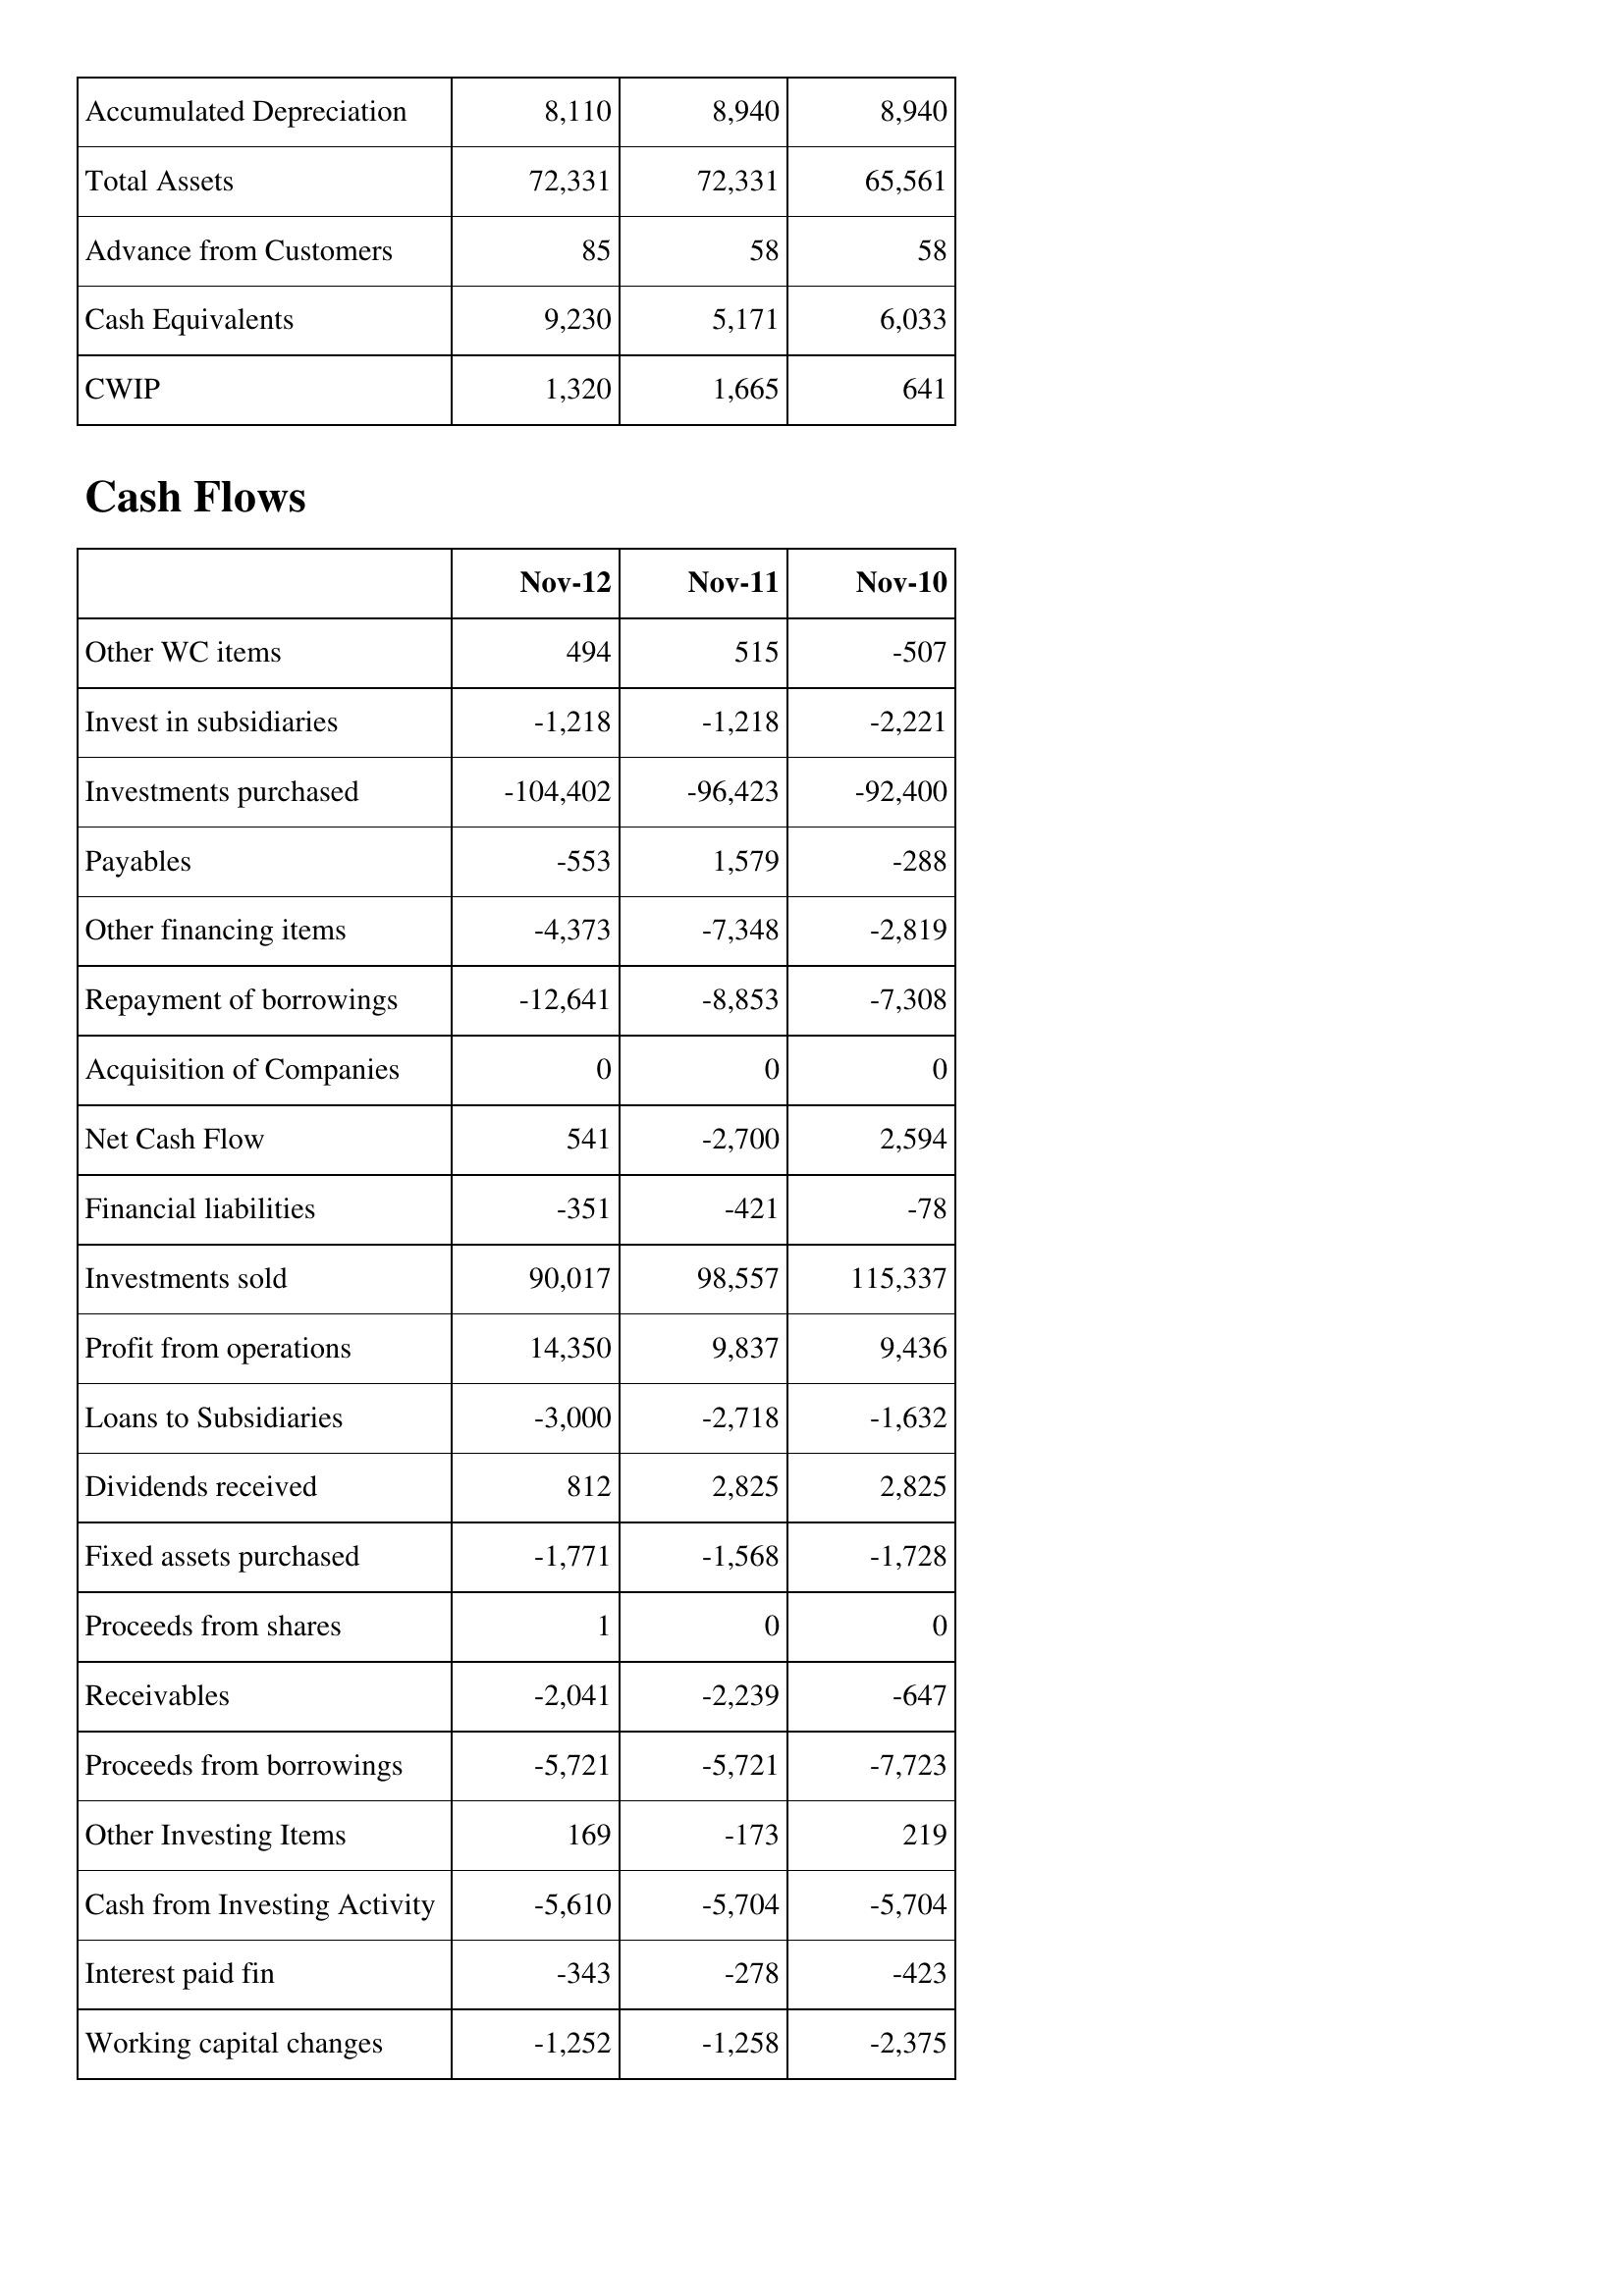
Nov-12: Balance Sheet: Accumulated Depreciation: 8,110
Total Assets: 72,331
Advance from Customers: 85
Cash Equivalents: 9,230
CWIP: 1,320
Cash Flows: Other WC items: 494
Invest in subsidiaries: -1,218
Investments purchased: -104,402
Payables: -553
Other financing items: -4,373
Repayment of borrowings: -12,641
Acquisition of Companies: 0
Net Cash Flow: 541
Financial liabilities: -351
Investments sold: 90,017
Profit from operations: 14,350
Loans to Subsidiaries: -3,000
Dividends received: 812
Fixed assets purchased: -1,771
Proceeds from shares: 1
Receivables: -2,041
Proceeds from borrowings: -5,721
Other Investing Items: 169
Cash from Investing Activity: -5,610
Interest paid fin: -343
Working capital changes: -1,252
Nov-11: Balance Sheet: Accumulated Depreciation: 8,940
Total Assets: 72,331
Advance from Customers: 58
Cash Equivalents: 5,171
CWIP: 1,665
Cash Flows: Other WC items: 515
Invest in subsidiaries: -1,218
Investments purchased: -96,423
Payables: 1,579
Other financing items: -7,348
Repayment of borrowings: -8,853
Acquisition of Companies: 0
Net Cash Flow: -2,700
Financial liabilities: -421
Investments sold: 98,557
Profit from operations: 9,837
Loans to Subsidiaries: -2,718
Dividends received: 2,825
Fixed assets purchased: -1,568
Proceeds from shares: 0
Receivables: -2,239
Proceeds from borrowings: -5,721
Other Investing Items: -173
Cash from Investing Activity: -5,704
Interest paid fin: -278
Working capital changes: -1,258
Nov-10: Balance Sheet: Accumulated Depreciation: 8,940
Total Assets: 65,561
Advance from Customers: 58
Cash Equivalents: 6,033
CWIP: 641
Cash Flows: Other WC items: -507
Invest in subsidiaries: -2,221
Investments purchased: -92,400
Payables: -288
Other financing items: -2,819
Repayment of borrowings: -7,308
Acquisition of Companies: 0
Net Cash Flow: 2,594
Financial liabilities: -78
Investments sold: 115,337
Profit from operations: 9,436
Loans to Subsidiaries: -1,632
Dividends received: 2,825
Fixed assets purchased: -1,728
Proceeds from shares: 0
Receivables: -647
Proceeds from borrowings: -7,723
Other Investing Items: 219
Cash from Investing Activity: -5,704
Interest paid fin: -423
Working capital changes: -2,375